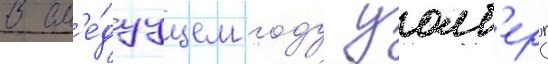
В сл'е́дуущем году уолб'ерг